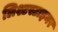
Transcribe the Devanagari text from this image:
लिश्टस्टाइनर